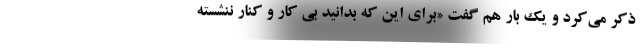
ذکر می‌کرد و یک بار هم گفت «برای این که بدانید بی کار و کنار ننشسته